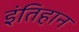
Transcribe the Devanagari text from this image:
इंतिहान